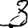
Digit: 3